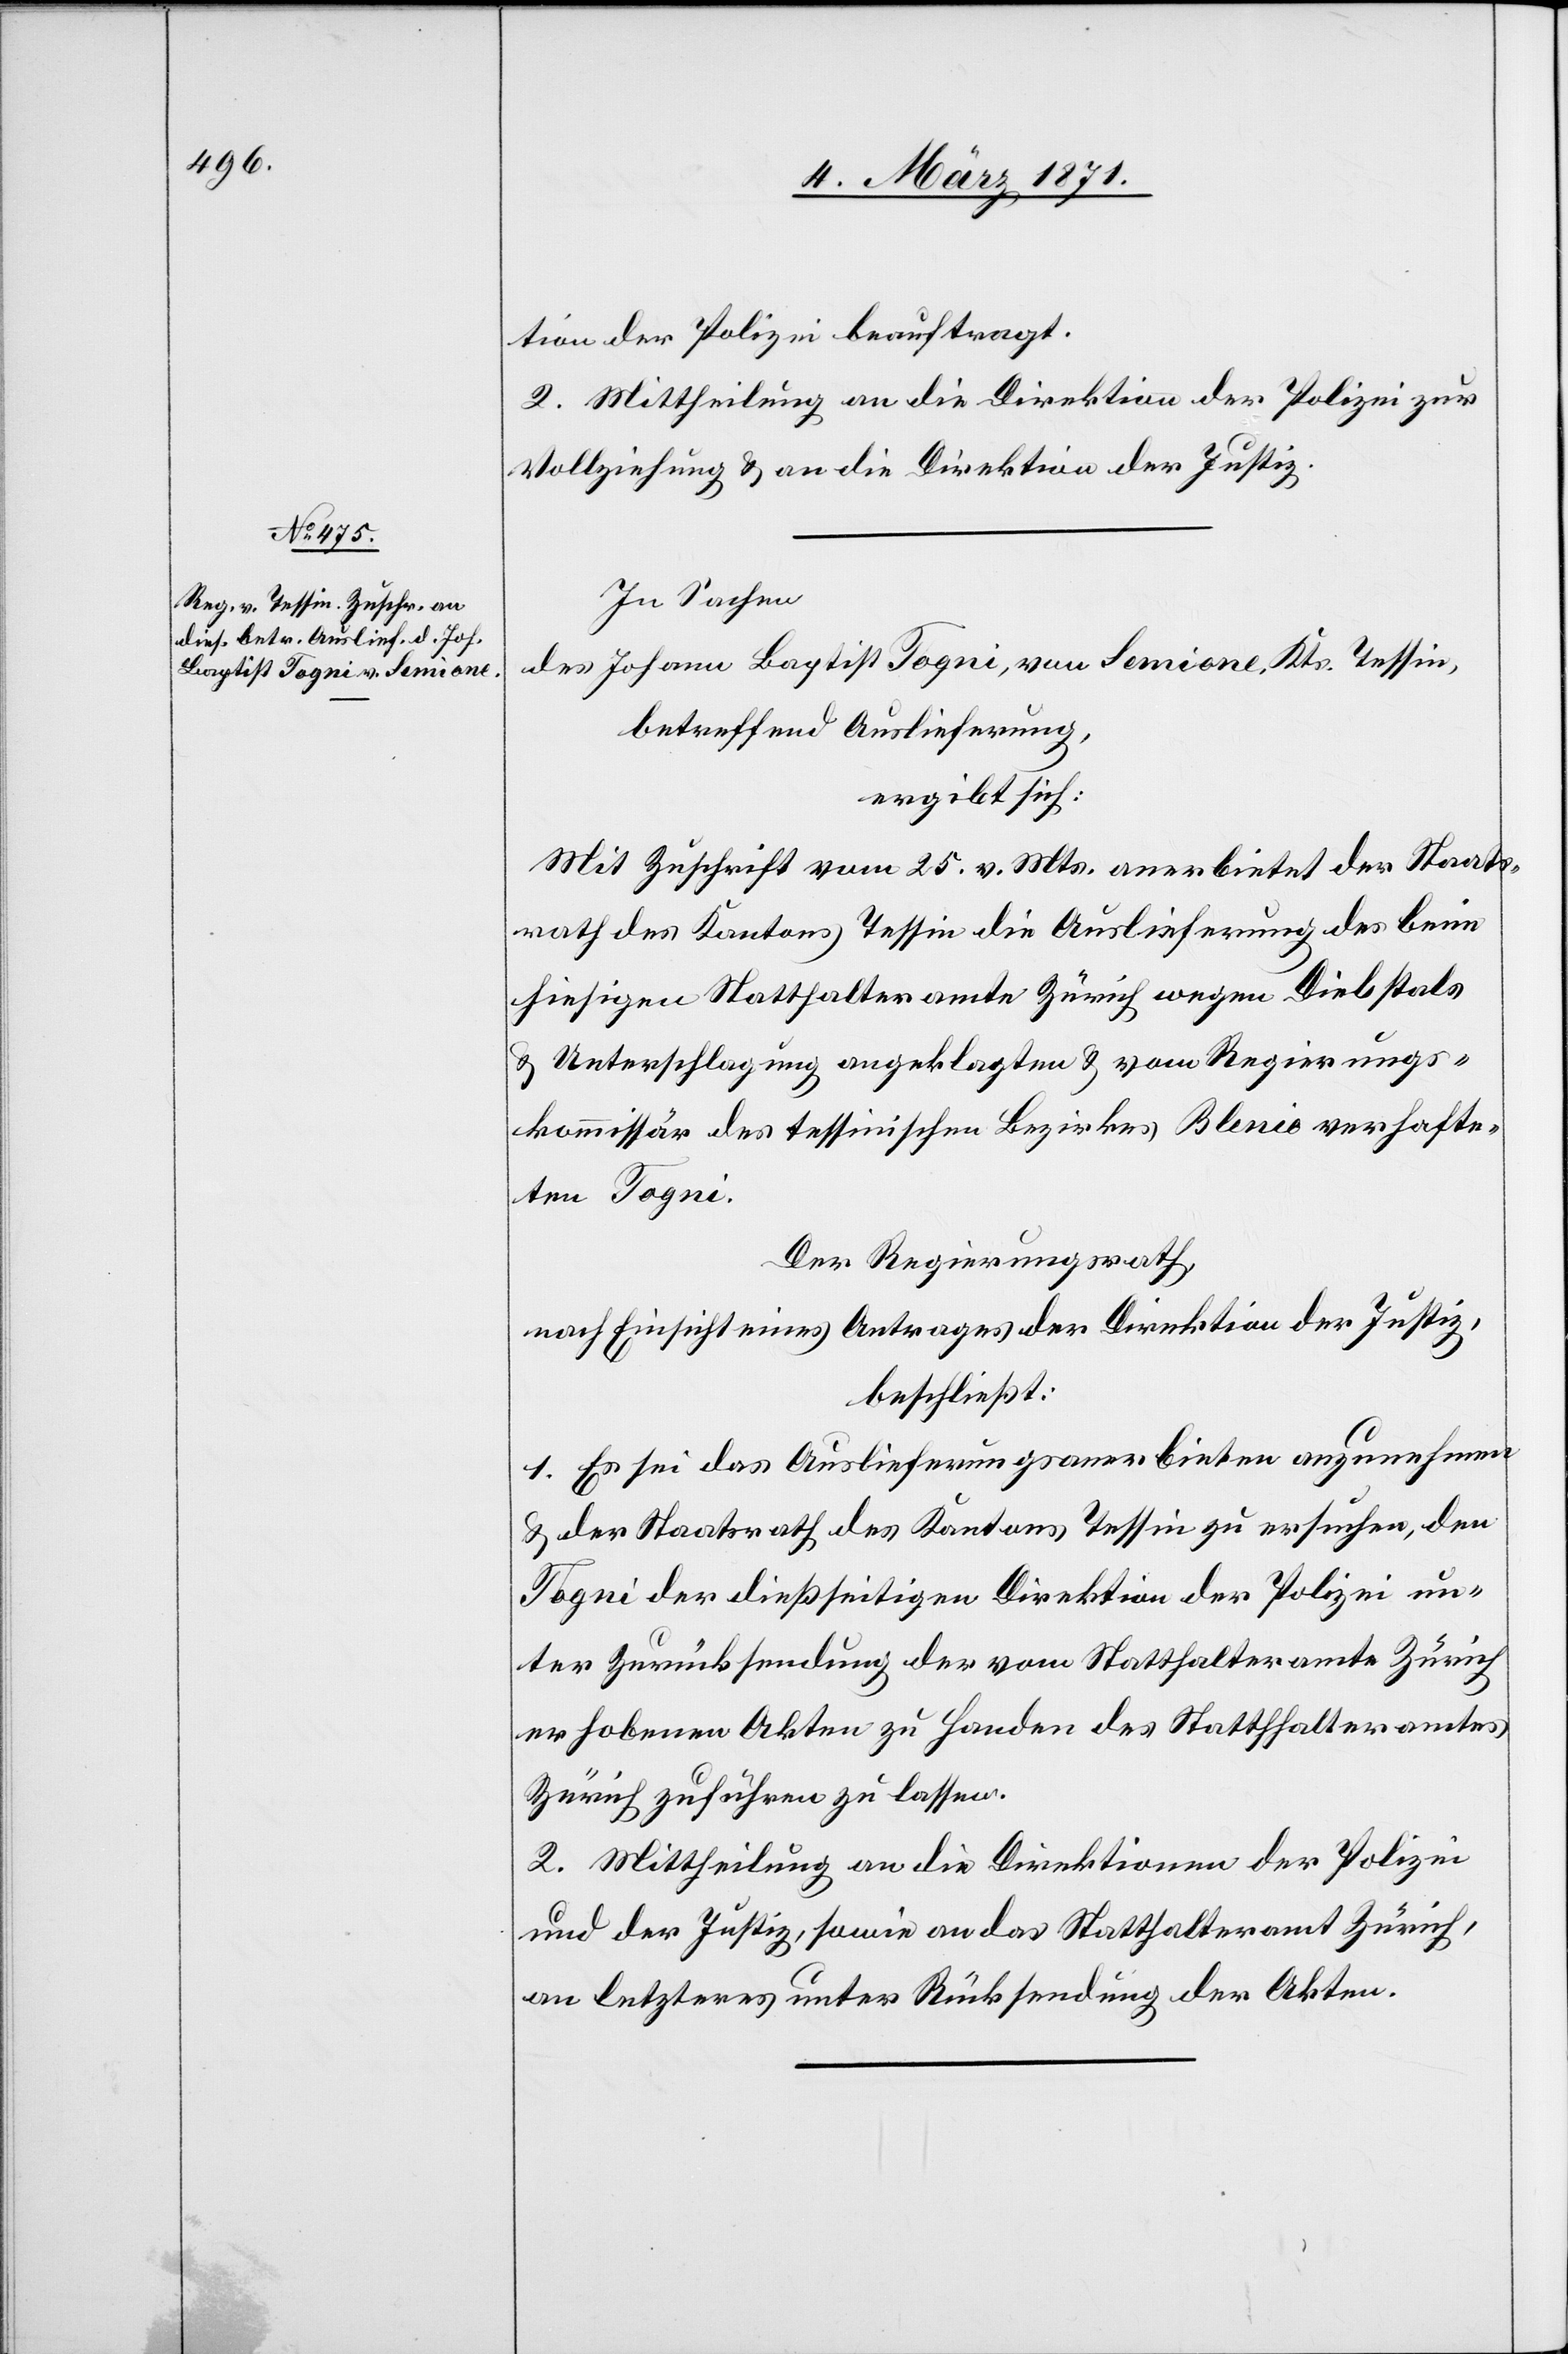
07. März 1871.]
tion der Polizei beauftragt.
2. Mittheilung an die Direktion der Polizei zur
Vollziehung u. an die Direktion der Justiz.
In Sachen
des Johann Baptist Togni, von Semione, Kts. Tessin,
betreffend Auslieferung,
ergibt sich:
Mit Zuschrift vom 25. v. Mts. anerbietet der Staats¬
rath des Kantons Tessin die Auslieferung des beim
hiesigen Statthalteramte Zürich wegen Diebstals
u. Unterschlagung angeklagten u. vom Regierungs¬
kommissär des tessinischen Bezirkes Blenio verhafte¬
ten Togni.
Der Regierungsrath,
nach Einsicht eines Antrages der Direktion der Justiz,
beschließt:
1. Es sei das Auslieferungsanerbieten anzunehmen
u. der Staatsrath des Kantons Tessin zu ersuchen, den
Togni der dießseitigen Direktion der Polizei un¬
ter Zurücksendung der vom Statthalteramt Zürich
erhobenen Akten zu Handen des Statthalteramtes
Zürich zuführen zu lassen.
2. Mittheilung an die Direktion der Polizei
und der Justiz, sowie an das Statthalteramt Zürich,
an letzteres unter Rücksendung der Akten.